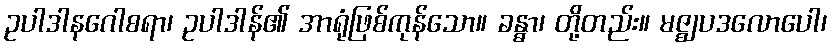
ဥပါဒါနဂေါစရာ၊ ဥပါဒါန်၏ အာရုံဖြစ်ကုန်သော။ ခန္ဓာ၊ တို့တည်း။ မဇ္ဈပဒလောပေါ၊